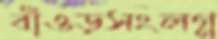
বাঁওড়সংলগ্ন